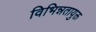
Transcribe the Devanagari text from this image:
विभिन्नतायुक्त